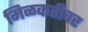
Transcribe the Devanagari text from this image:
मिळकतीवर